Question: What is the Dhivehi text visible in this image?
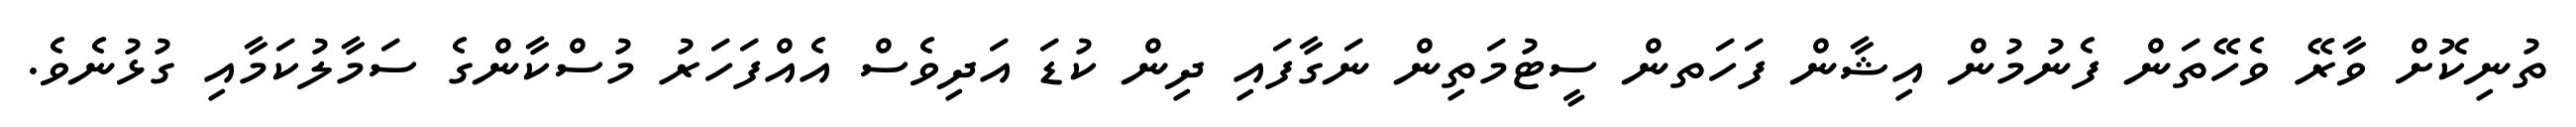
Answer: ތުނިކޮށް ވާރޭ ވެހޭތަން ފެނުމުން އިޝާން ފަހަތން ސީޓުމަތިން ނަގާފައި ދިން ކުޑަ އަދިވެސް އެއްފަހަރު މުސްކާންގެ ސަމާލުކަމާއި ގުޅުނެވެ.